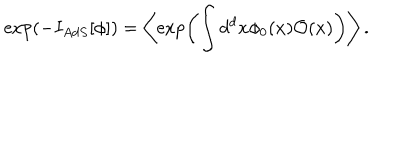
\exp \left( - I _ { A d S } [ \phi ] \right) = \left\langle \exp \left( \int d ^ { d } x \phi _ { 0 } ( x ) \mathcal { O } ( x ) \right) \right\rangle .